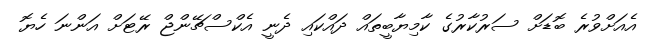
އެއަށްވުރެ ބޮޑަށް ސަރުކާރުގެ ކާމިޔާބީތައް ދައްކައި ދެނީ އެކްސްޗޭންޖް ރޭޓަށް އަންނަ ހެޔޮ